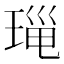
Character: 𤦄